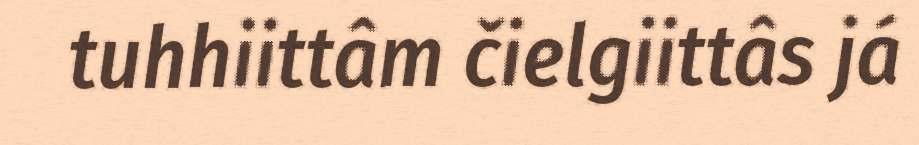
tuhhiittâm čielgiittâs já